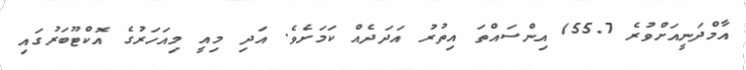
އާމްދަނީއަށްވުރެ 155.7 އިންސައްތަ އިތުރު އަދަދެއް ކަމަށެވެ. އަދި މިއީ މިއަހަރުގެ އޮކްޓޫބަރުގައި